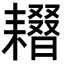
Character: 𦔢